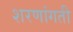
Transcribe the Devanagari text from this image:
शरणांगती